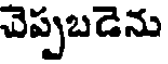
చెప్పబడెను